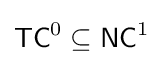
{\mathsf {TC}}^{0}\subseteq {\mathsf {NC}}^{1}